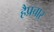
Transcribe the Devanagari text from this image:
हैप्रचार